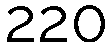
220